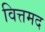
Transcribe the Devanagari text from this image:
वित्तमद